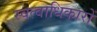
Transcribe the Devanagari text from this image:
स्वत्वाधिकारों